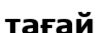
тағай